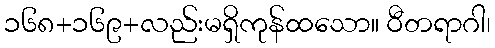
၁၆၈+၁၆၉+လည်းမရှိကုန်ထသော။ ဝီတရာဂါ၊